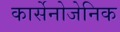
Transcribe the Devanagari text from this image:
कार्सेनोजेनिक